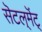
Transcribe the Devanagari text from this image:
सॆटल्‌मॆंट्